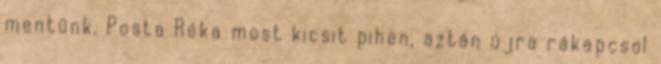
mentünk. Posta Réka most kicsit pihen, aztán újra rákapcsol